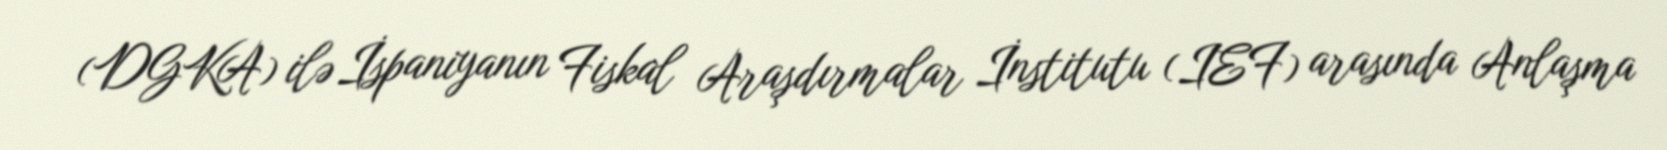
(DGKA) ilə İspaniyanın Fiskal Araşdırmalar İnstitutu (IEF) arasında Anlaşma